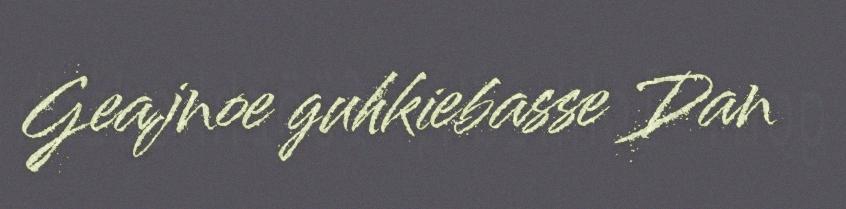
Geajnoe guhkiebasse Dan